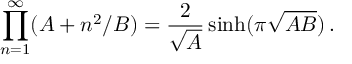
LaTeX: \prod _ { n = 1 } ^ { \infty } ( A + n ^ { 2 } / B ) = { \frac { 2 } { \sqrt { A } } } \sinh ( \pi \sqrt { A B } ) \, .